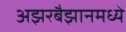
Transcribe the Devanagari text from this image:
अझरबैझानमध्ये